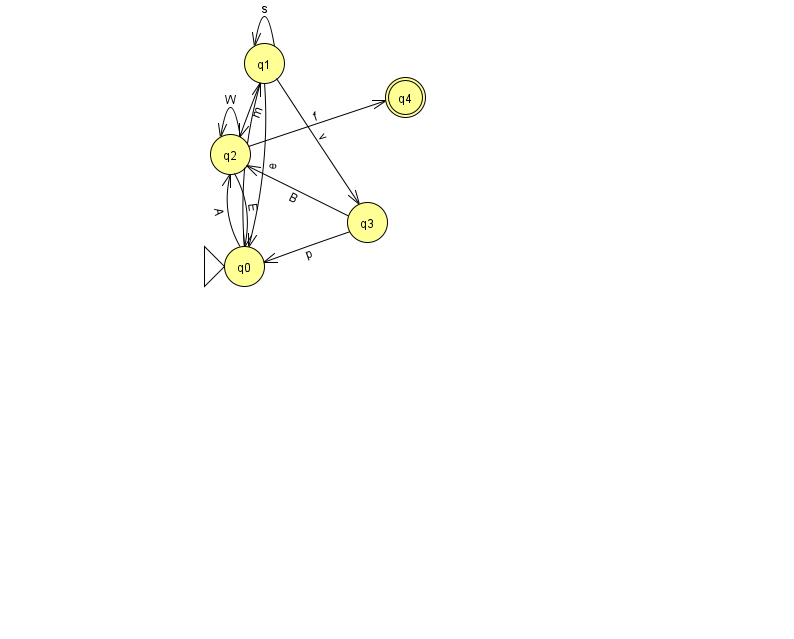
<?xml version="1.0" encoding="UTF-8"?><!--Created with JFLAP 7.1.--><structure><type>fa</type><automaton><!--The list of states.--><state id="0" name="q0"><x>244.0</x><y>253.0</y><initial/></state><state id="1" name="q1"><x>264.0</x><y>50.0</y></state><state id="2" name="q2"><x>230.0</x><y>141.0</y></state><state id="3" name="q3"><x>367.0</x><y>209.0</y></state><state id="4" name="q4"><x>405.0</x><y>84.0</y><final/></state><!--The list of transitions.--><transition><from>1</from><to>0</to><read>e</read></transition><transition><from>3</from><to>2</to><read>B</read></transition><transition><from>1</from><to>1</to><read>s</read></transition><transition><from>0</from><to>1</to><read>P</read></transition><transition><from>1</from><to>2</to><read>m</read></transition><transition><from>2</from><to>2</to><read>W</read></transition><transition><from>2</from><to>0</to><read>E</read></transition><transition><from>2</from><to>4</to><read>f</read></transition><transition><from>0</from><to>2</to><read>A</read></transition><transition><from>1</from><to>3</to><read>v</read></transition><transition><from>3</from><to>0</to><read>p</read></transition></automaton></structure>